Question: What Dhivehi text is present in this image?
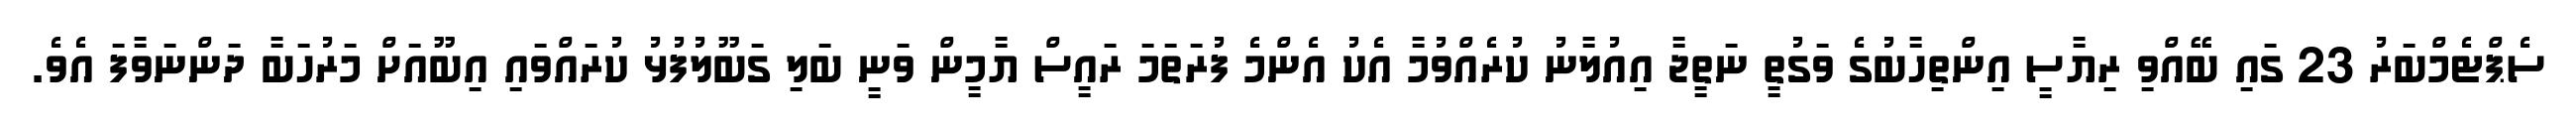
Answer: ސެޕްޓެމްބަރު 23 ގައި ބޭއްވި ރިޔާސީ އިންތިހާބުގެ ވަގުތީ ނަތީޖާ އިއުލާނު ކުރެއްވުމާ އެކު އެންމެ ފުރަތަމަ ރައީސް ޔާމީން ވަނީ ބަލި ގަބޫލުފުޅު ކުރައްވައި އިބޫއަށް މަރުހަބާ ދަންނަވާފަ އެވެ.